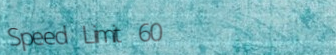
Speed Limit 60